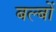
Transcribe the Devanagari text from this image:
बल्‍बों